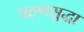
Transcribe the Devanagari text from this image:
पठणसुद्धा